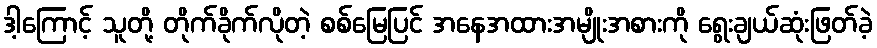
ဒါ့ကြောင့် သူတို့ တိုက်ခိုက်လိုတဲ့ စစ်မြေပြင် အနေအထားအမျိုးအစားကို ရွေးချယ်ဆုံးဖြတ်ခဲ့